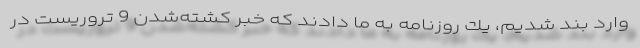
وارد بند شدیم، یك روزنامه به ما دادند كه خبر كشته‌شدن 9 تروریست در